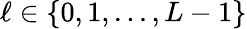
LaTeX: \ell\in\{ 0,1,...,L-1\}